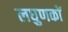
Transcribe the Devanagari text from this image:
लघुणकों